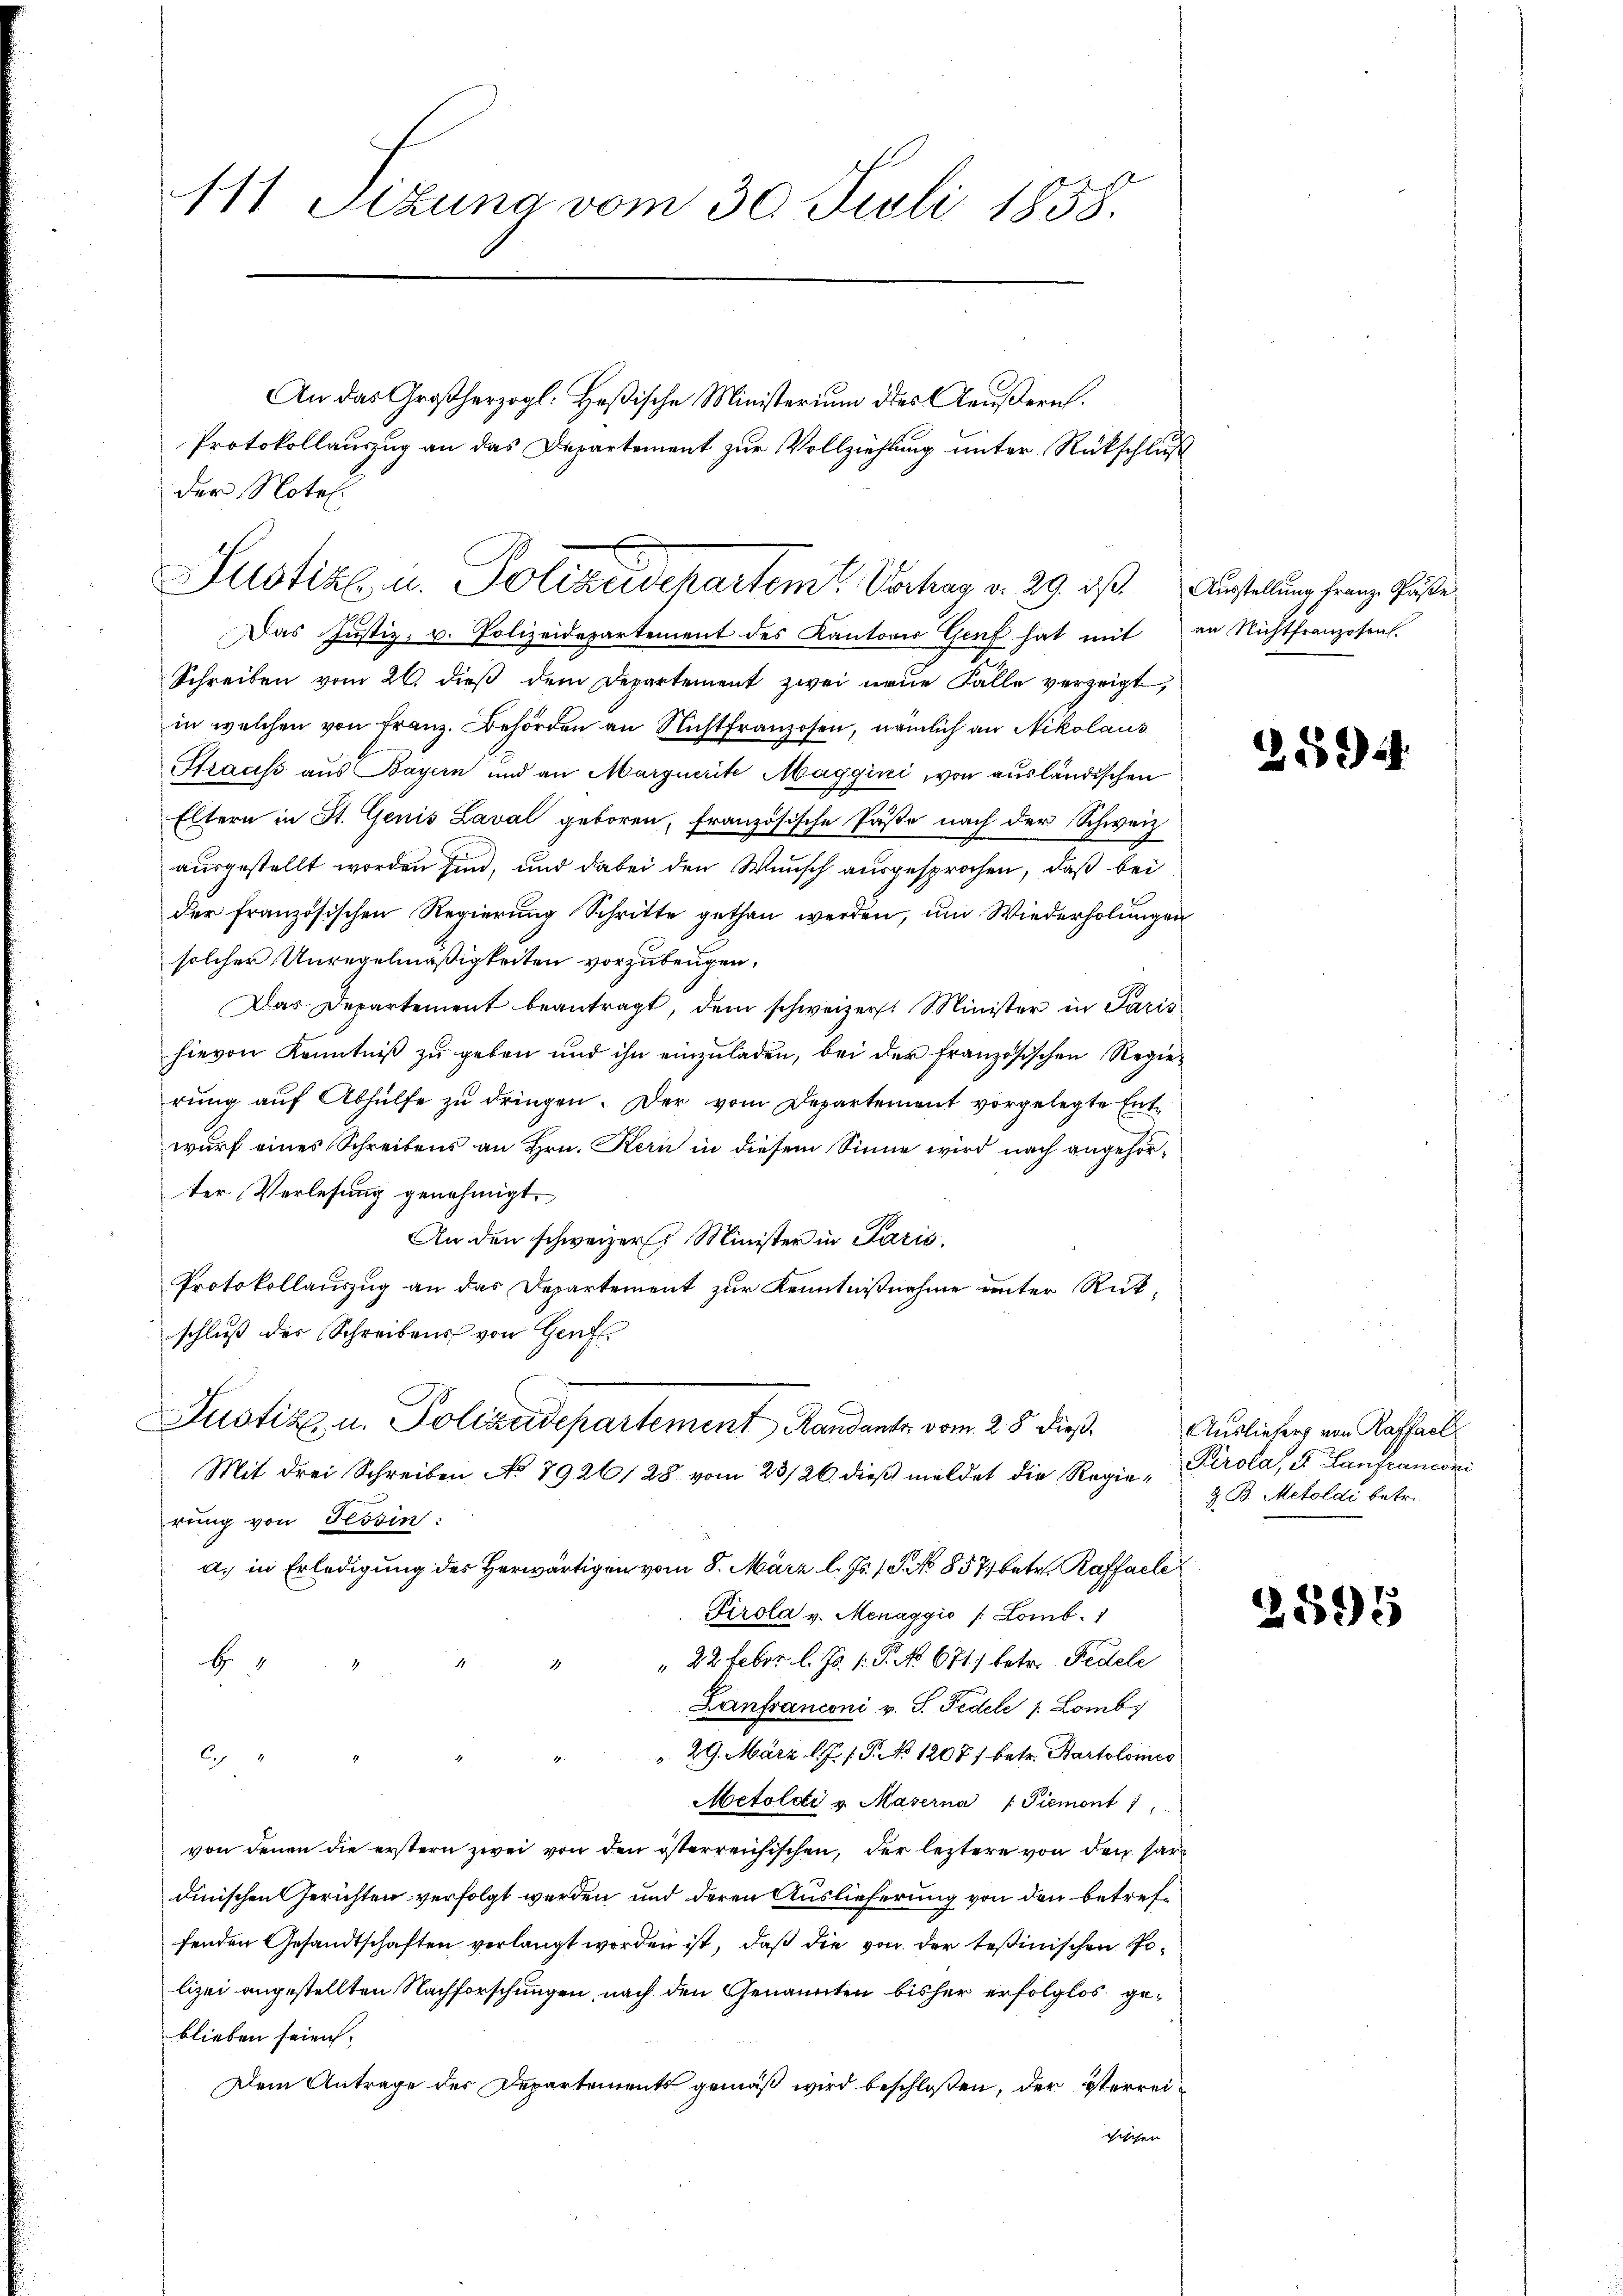
111 Sizung vom 30. Juli 1858.

der Notel.

An das Großherzogl: Heßische Ministerium des Aeußern.
Protokollauszug an das Departement zur Vollziehung unter Rückschluß

Justiz u. Polizeidepartem Verhar v. 29. ds Austelung franz Poste¬
Das Justiz- u. Polizeidepartement des Kantoner Genf hat mit an Nichtfranzosen.

Schreiben vom 26. dieß dem Departement zwei neue Falle verzeigt,
in welchen von Franz. Behörden an Nichtfranzosen, nämlich an Nikolaus
Strauss aus Bayern und an Marquerite Maggini von ausländischen
Eltern in St. Genis Laval geboren, französische Pässe nach der Schweiz
ausgestellt worden sind, und dabei den Wunsch ausgesprochen, daß bei
der französischen Regierung Schritte gethan werden, um Wiederholungen
solcher Unregelmäßigkeiten vorzubeugen,
Das Departement beantragt, dem schweizer. Minister in Paris
hievon Kenntniβ zŭ geben und ihn einzŭladen, bei der französischen Regie-
rung auf Abhülfe zu dringen. Der vom Departement vorgelegte Entwurf eines Schreibens an Hrn. Kern in diesem Sinne wird nach angehörter Verlesung genehmigt.
An den schweizer Minister in Paris,
Protokollauszug an das Departement zur Kenntnißnahme unter Rückschluß des Schreibens von Genf.
Justiz- u. Pollaudepartement, Randants. vom 28. dieß.
Mit drei Schreiben No 7926, 28 vom 23/26. dieβ meldet die Regie-Tirola, u. Lanfranconi
rung von Tessin:
a. in Erledigung des Herwärtigen vom 8. März l. Js. 19. No 857 betr. Raffalle
Tirola v. Menaggio /: Lomb. 1
" 22 Febr. l. Js. 1. P. Nr. 671) betr. Pedele
H.
Lanfranconi v. S. Fidele 1 Lomb
29. März l. J. J. P. No 1207/ betr. Bartolomeo
B
Metoldi v. Maserna   Piemont 1
von denen die erstern zwei von den isterreichischen, der leztere von den sardinischen Gerichten verfolgt werden und deren Auslieferung von den betreffenden Gesandtschaften verlangt worden ist, daß die von der Teßinischen Polizei angestellten Nachforschungen nach den Genannten bisher erfolglos geblieben seien.
Dem Antrage des Departements gemäß wird beschloßen, der Sterrei¬
Fischen

2594.

Auslieferg von Raffach
Z. B. Metolde betr.

2595